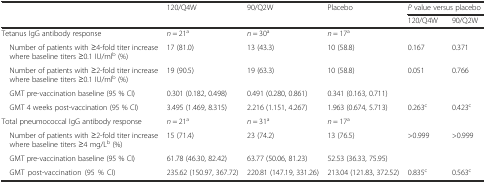
<table><thead><tr><td rowspan="2"></td><td rowspan="2"><b>120/Q4W</b></td><td rowspan="2"><b>90/Q2W</b></td><td rowspan="2"><b>Placebo</b></td><td colspan="2"><b><i>P</i> value versus placebo</b></td></tr><tr><td><b>120/Q4W</b></td><td><b>90/Q2W</b></td></tr></thead><tbody><tr><td>Tetanus IgG antibody response</td><td><i>n</i> = 21<sup>a</sup></td><td><i>n</i> = 30<sup>a</sup></td><td><i>n</i> = 17<sup>a</sup></td><td></td><td></td></tr><tr><td> Number of patients with ≥4-fold titer increase where baseline titers ≥0.1 IU/ml<sup>b</sup> (%)</td><td>17 (81.0)</td><td>13 (43.3)</td><td>10 (58.8)</td><td>0.167</td><td>0.371</td></tr><tr><td> Number of patients with ≥2-fold titer increase where baseline titers ≥0.1 IU/ml<sup>b</sup> (%)</td><td>19 (90.5)</td><td>19 (63.3)</td><td>10 (58.8)</td><td>0.051</td><td>0.766</td></tr><tr><td> GMT pre-vaccination baseline (95 % CI)</td><td>0.301 (0.182, 0.498)</td><td>0.491 (0.280, 0.861)</td><td>0.341 (0.163, 0.711)</td><td colspan="2"></td></tr><tr><td> GMT 4 weeks post-vaccination (95 % CI)</td><td>3.495 (1.469, 8.315)</td><td>2.216 (1.151, 4.267)</td><td>1.963 (0.674, 5.713)</td><td>0.263<sup>c</sup></td><td>0.423<sup>c</sup></td></tr><tr><td>Total pneumococcal IgG antibody response</td><td><i>n</i> = 21<sup>a</sup></td><td><i>n</i> = 31<sup>a</sup></td><td><i>n</i> = 17<sup>a</sup></td><td></td><td></td></tr><tr><td> Number of patients with ≥2-fold titer increase where baseline titers ≥4 mg/L<sup>b</sup> (%)</td><td>15 (71.4)</td><td>23 (74.2)</td><td>13 (76.5)</td><td>&gt;0.999</td><td>&gt;0.999</td></tr><tr><td> GMT pre-vaccination baseline (95 % CI)</td><td>61.78 (46.30, 82.42)</td><td>63.77 (50.06, 81.23)</td><td>52.53 (36.33, 75.95)</td><td colspan="2"></td></tr><tr><td> GMT post-vaccination (95 % CI)</td><td>235.62 (150.97, 367.72)</td><td>220.81 (147.19, 331.26)</td><td>213.04 (121.83, 372.52)</td><td>0.835<sup>c</sup></td><td>0.563<sup>c</sup></td></tr></tbody></table>